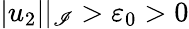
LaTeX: |u_{2}||_{\mathscr{I}}>{\varepsilon}_{0}>0